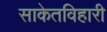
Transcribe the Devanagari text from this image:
साकेतविहारी